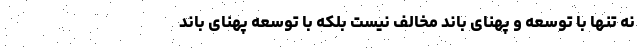
نه تنها با توسعه و پهنای باند مخالف نیست بلکه با توسعه پهنای باند